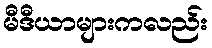
မီဒီယာများကလည်း